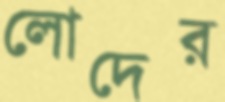
লোদের